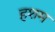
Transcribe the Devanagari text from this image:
हशम